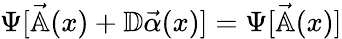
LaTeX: \Psi[\vec{\mathbb{A}}(x)+\mathbb{D}\vec{\alpha}(x)]=\Psi[\vec{\mathbb{A}}(x)]